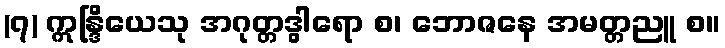
(၇) ဣန္ဒြိယေသု အဂုတ္တဒွါရော စ၊ ဘောဇနေ အမတ္တညူ စ။